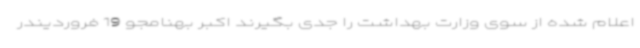
اعلام شده از سوی وزارت بهداشت را جدی بگیرند اکبر بهنامجو 19 فروردیندر